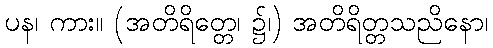
ပန၊ ကား။ (အတိရိတ္တေ၊ ၌၊) အတိရိတ္တသညိနော၊